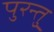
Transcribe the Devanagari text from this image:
पुरन्तु